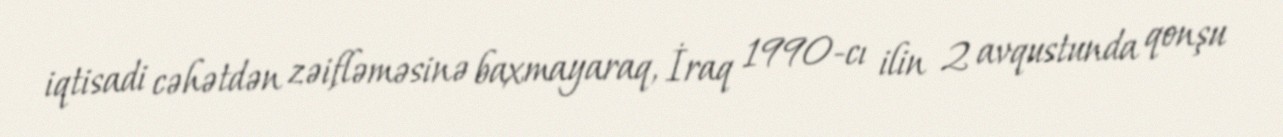
iqtisadi cəhətdən zəifləməsinə baxmayaraq, İraq 1990-cı ilin 2 avqustunda qonşu